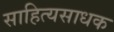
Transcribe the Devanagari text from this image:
साहित्यसाधक